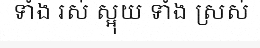
ទាំង រស់ ស្អុយ ទាំង ស្រស់